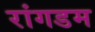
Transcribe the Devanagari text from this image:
रांगडम